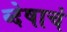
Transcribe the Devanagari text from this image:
व्देषाचं